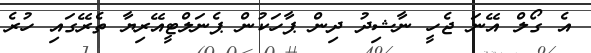
އެ ގޯލް އޭނަ ޖެހީ ނާޝިދު ދިން ޕާހަކުން ޕެނަލްޓީއޭރިޔާ ތެރޭގައި ހުރެ